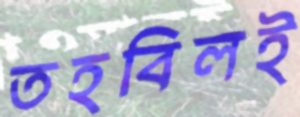
তহবিলই